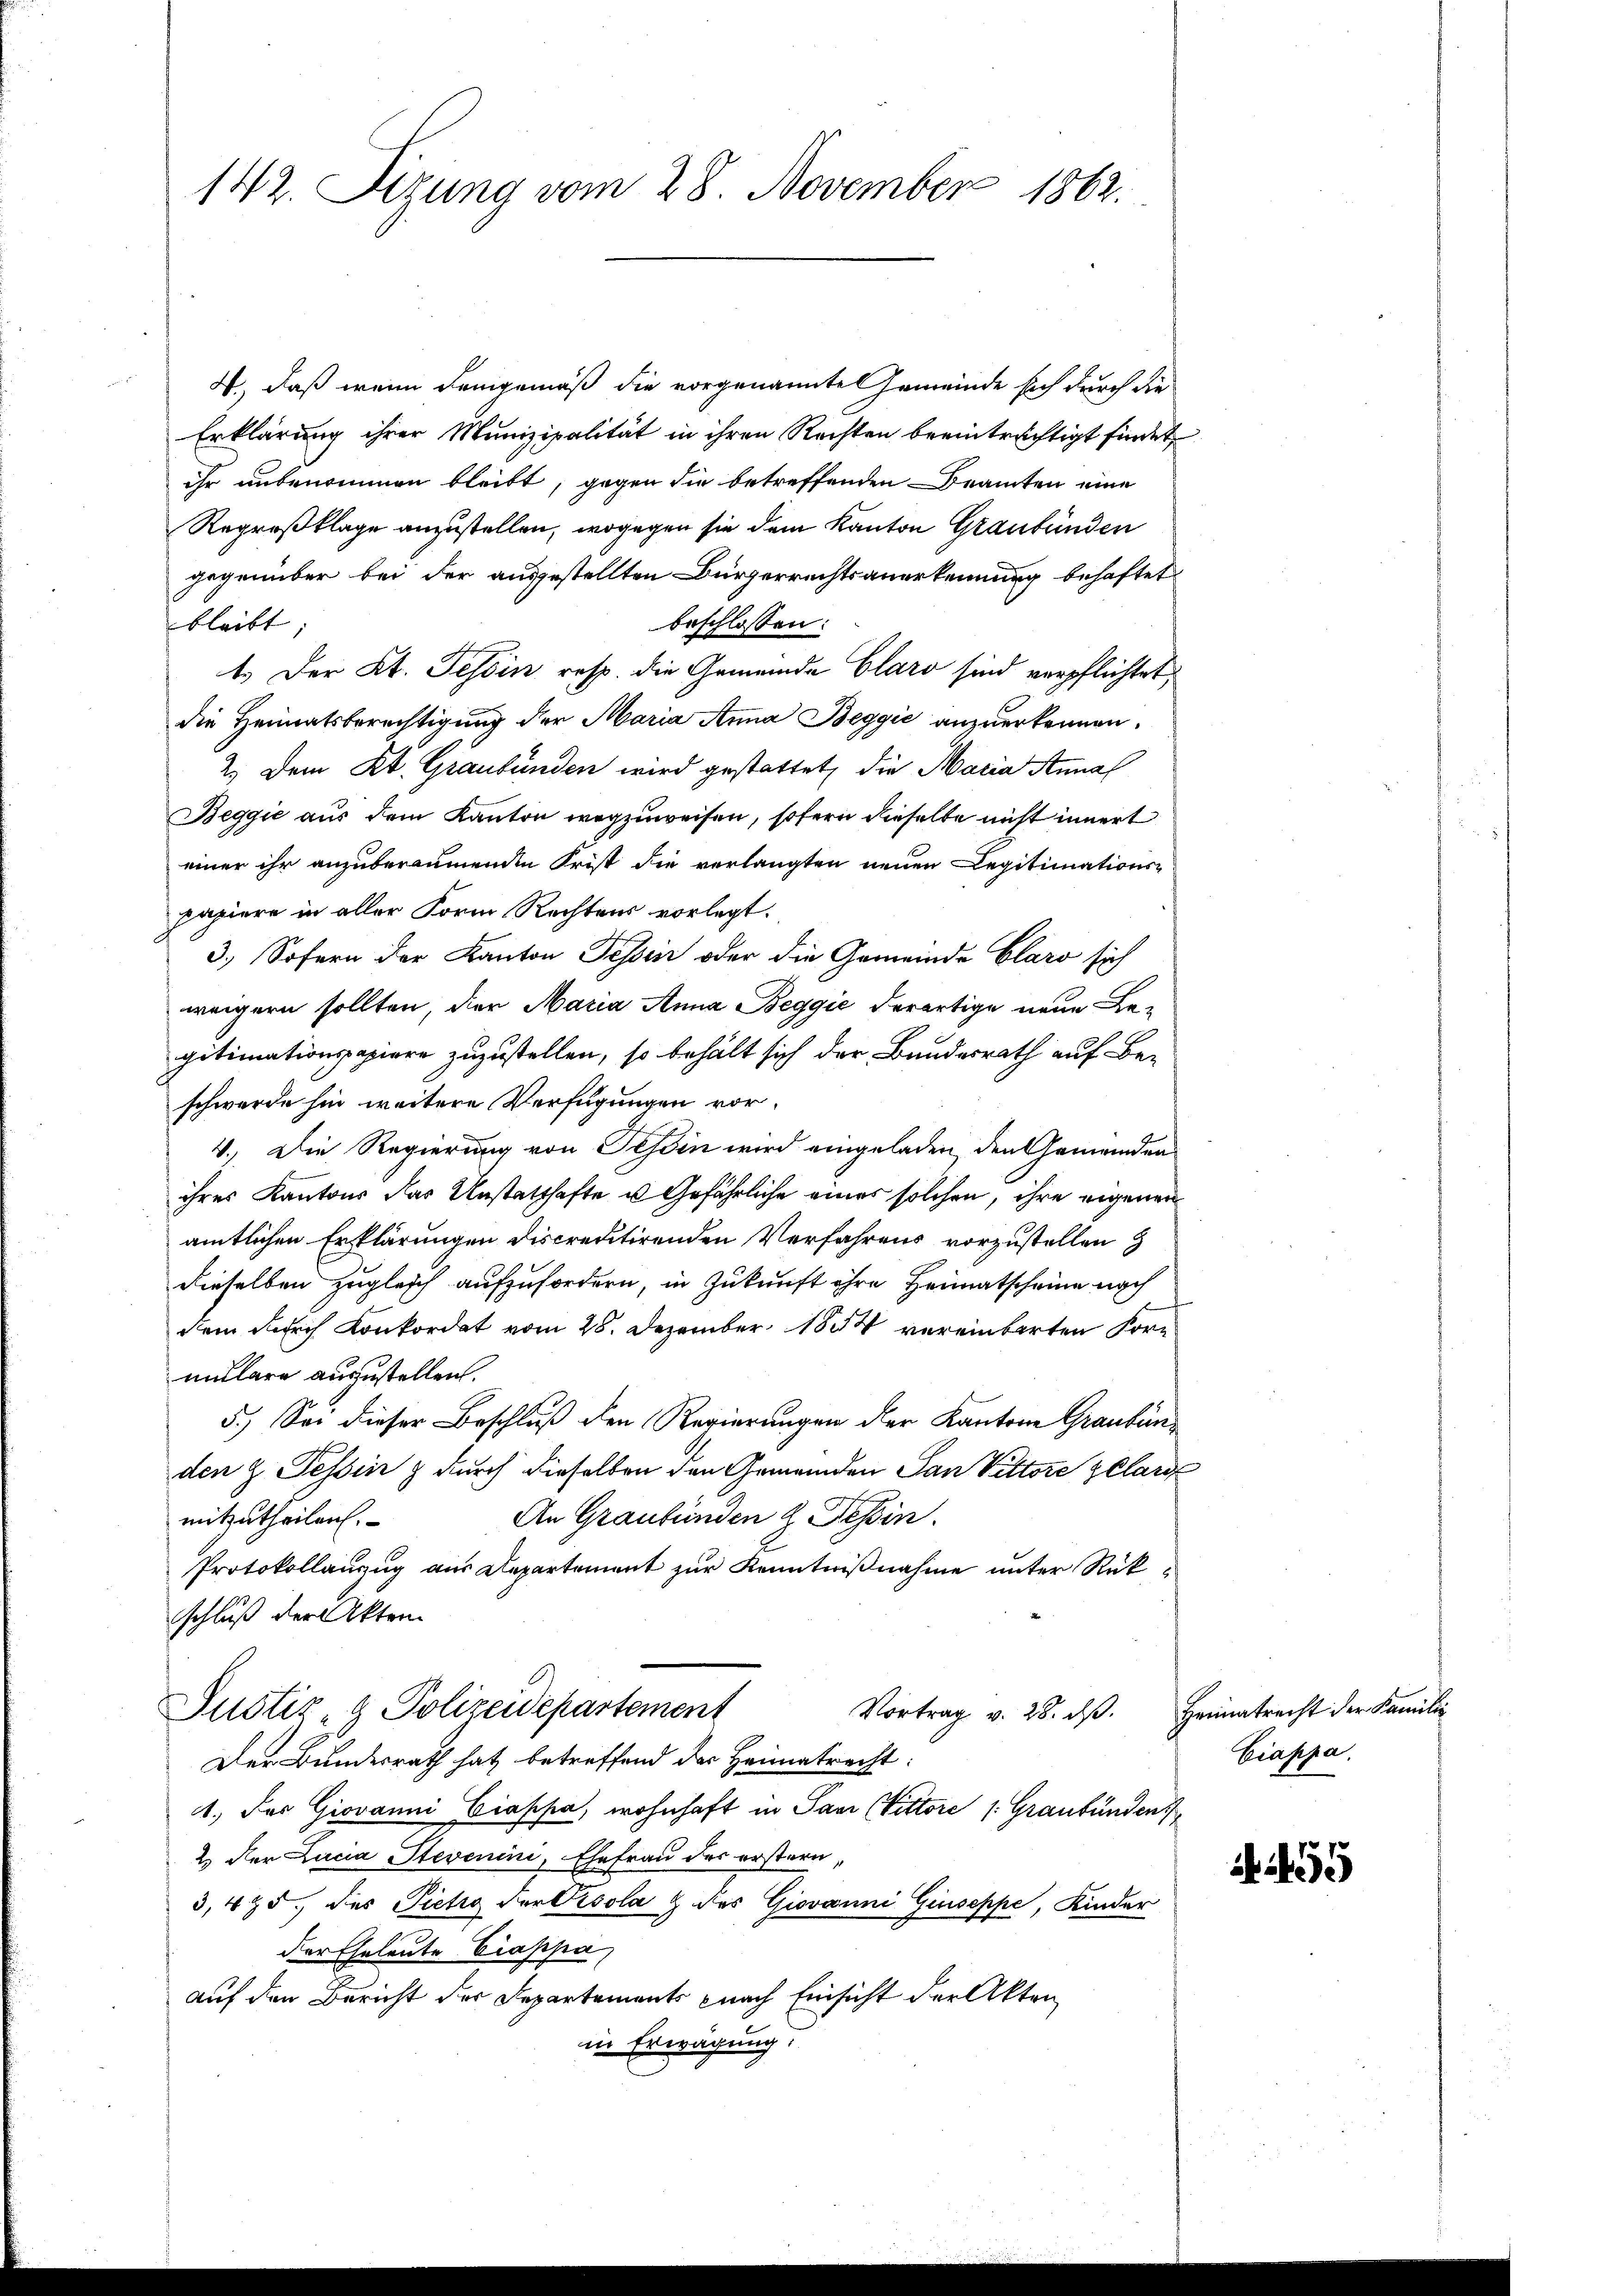
142. Seizung vom 28. November 1862.

W., daß wenn demgemäß die vorgenannte Gemeinde sich durch die
Erklärung ihrer Munizipalität in ihren Rechten beeinträchtigt findet,
ihr unbenommen bleibt, gegen die betreffenden Beamten eine
Regreßklage anzustellen, wogegen sie dem Kanton Graubünden
gegenüber bei der ausgestellten Bürgerrechtsanerkennung behaftet
beschlossen:
bleibt |
t.) Der Kt. Tessin resp. die Gemeinde Claro sind verpflichtet,
die Heimatsberechtigung der Maria Anna Beggić anzuerkennen.
2.) Dem Kt. Graubünden wird gestattet, die Maria Annal
Beggić aus dem Kanton wegzuweisen, sofern dieselbe nicht innert
einer ihr anzuberaumenden Frist die verlangten neuen Legitimations-
papiere in aller Form Rechtens vorlegt.
3.) Sofern der Kanton Tessin oder die Gemeinde Claro sich
weigern sollten, der Maria Anna Beggić derartige neue Begitimationspapiere zuzustellen, so behält sich der Bundesrath auf Be-
schwerde hin weitere Verfügungen vor¬
4.) Die Regierung von Tessin wird eingeladen, den Gemeinden
ihres Kantons das Anstatthafte u Gefährliche eines solchen, ihre eigenen
amtlichen Erklärungen discreditirenden Verfahrens vorzustellen 3
dieselben zugleich aufzufordern, in Zukunft ihre Heimatscheine nach
dem durch Konkordat vom 28. Dezember 1884 vereinbarten Formulare auszustellen.
5.) Sei dieser Beschluß den Regierungen der Kantone Graubenden z. Tessin & durch dieselben den Gemeinden San Vittore gelar
mitzutheilen.
An Graubünden z. Tessin.
Protokollanzug aus Departement zur Kenntnißnahme unter Rückschluß der Akten
Justiz- & Polizeidepartement
Vortrag v. 28. ds.
Der Bundesrath hat betreffend der Heimatrecht:
1.) Der Giovanni Ciapha, wohnhaft in Pani (Vittore /: Graubünden
2 der Lucia Stevenini, Ehefrau des erstern,
3,425. des Pietig der Cisola & des Giovanni Giuseppe, Kinder
der Eheleute Caspa
auf den Bericht der Departements nach Einsicht der Akten
in Erwägung.

Heimatrecht der Familie
Ciappa.

5